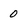
Character: 0